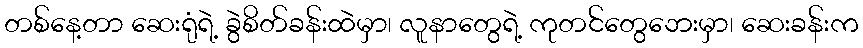
တစ်နေ့တာ ဆေးရုံရဲ့ ခွဲစိတ်ခန်းထဲမှာ၊ လူနာတွေရဲ့ ကုတင်တွေဘေးမှာ၊ ဆေးခန်းက